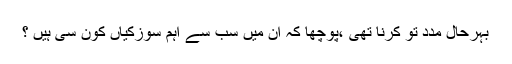
بہرحال مدد تو کرنا تھی ،پوچھا کہ اِن میں سب سے اہم سوزکیاں کون سی ہیں ؟